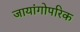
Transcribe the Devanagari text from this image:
जायांगोपरिक